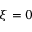
\xi = 0